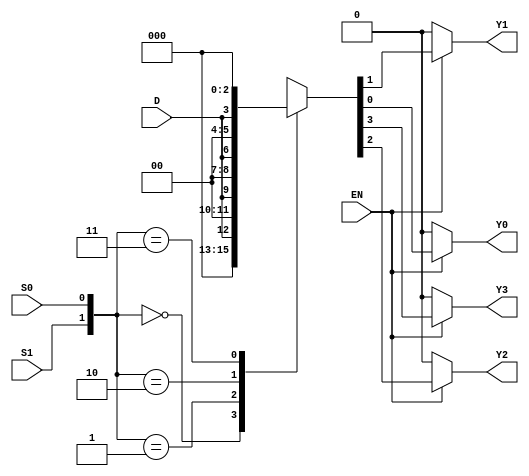
module demux1to4 (
    input D,
    input S0,
    input S1,
    input EN,
    output reg Y0,
    output reg Y1,
    output reg Y2,
    output reg Y3
);
    always @(*) begin
        if (EN) begin
            case ({S1, S0})
                2'b00: {Y3, Y2, Y1, Y0} = {3'b000, D};
                2'b01: {Y3, Y2, Y1, Y0} = {3'b000, D} << 1;
                2'b10: {Y3, Y2, Y1, Y0} = {3'b000, D} << 2;
                2'b11: {Y3, Y2, Y1, Y0} = {3'b000, D} << 3;
                default: {Y3, Y2, Y1, Y0} = 4'b0000;
            endcase
        end else begin
            {Y3, Y2, Y1, Y0} = 4'b0000;
        end
    end
endmodule